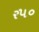
ર૫૦